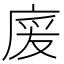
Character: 𢉏